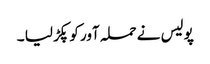
پولیس نے حملہ آور کو پکڑ لیا ۔